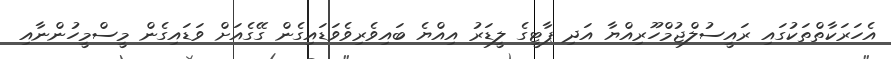
އެހަރަކާތްތަކުގައި ރައީސުލްޖުމްހޫރިއްޔާ އަދި ޕާޓީގެ ލީޑަރު އިއްޔެ ބައިވެެރިވެވަޑައިގެން ގޭގެއަށް ވަޑައިގެން މީސްމީހުންނާއި